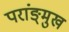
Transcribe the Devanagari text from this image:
परांङ्‌मुख